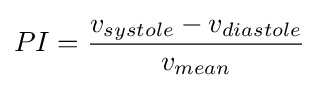
PI={\frac {v_{systole}-v_{diastole}}{v_{mean}}}